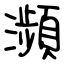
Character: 瀕